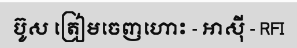
ប៊ូស ត្រៀមចេញហោះ - អាស៊ី - RFI